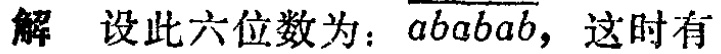
解 设此六位数为：\(\overline{ababab}\)，这时有